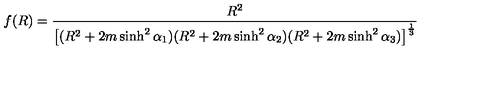
f ( R ) = \frac { R ^ { 2 } } { \left[ ( R ^ { 2 } + 2 m \sinh ^ { 2 } \alpha _ { 1 } ) ( R ^ { 2 } + 2 m \sinh ^ { 2 } \alpha _ { 2 } ) ( R ^ { 2 } + 2 m \sinh ^ { 2 } \alpha _ { 3 } ) \right] ^ { \frac 1 3 } }